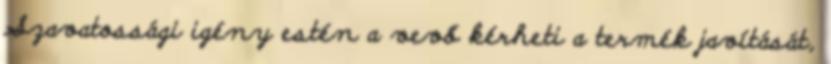
Szavatossági igény estén a vevő kérheti a termék javítását,